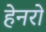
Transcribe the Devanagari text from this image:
हेनरो